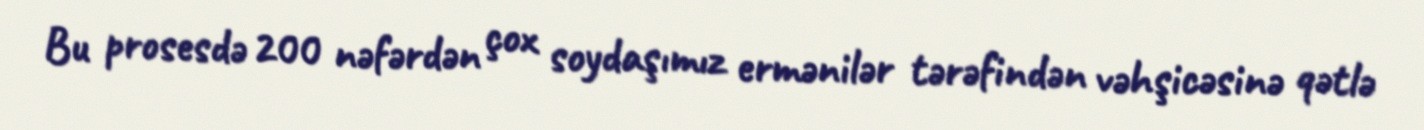
Bu prosesdə 200 nəfərdən çox soydaşımız ermənilər tərəfindən vəhşicəsinə qətlə